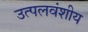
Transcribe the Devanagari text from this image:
उत्पलवंशीय